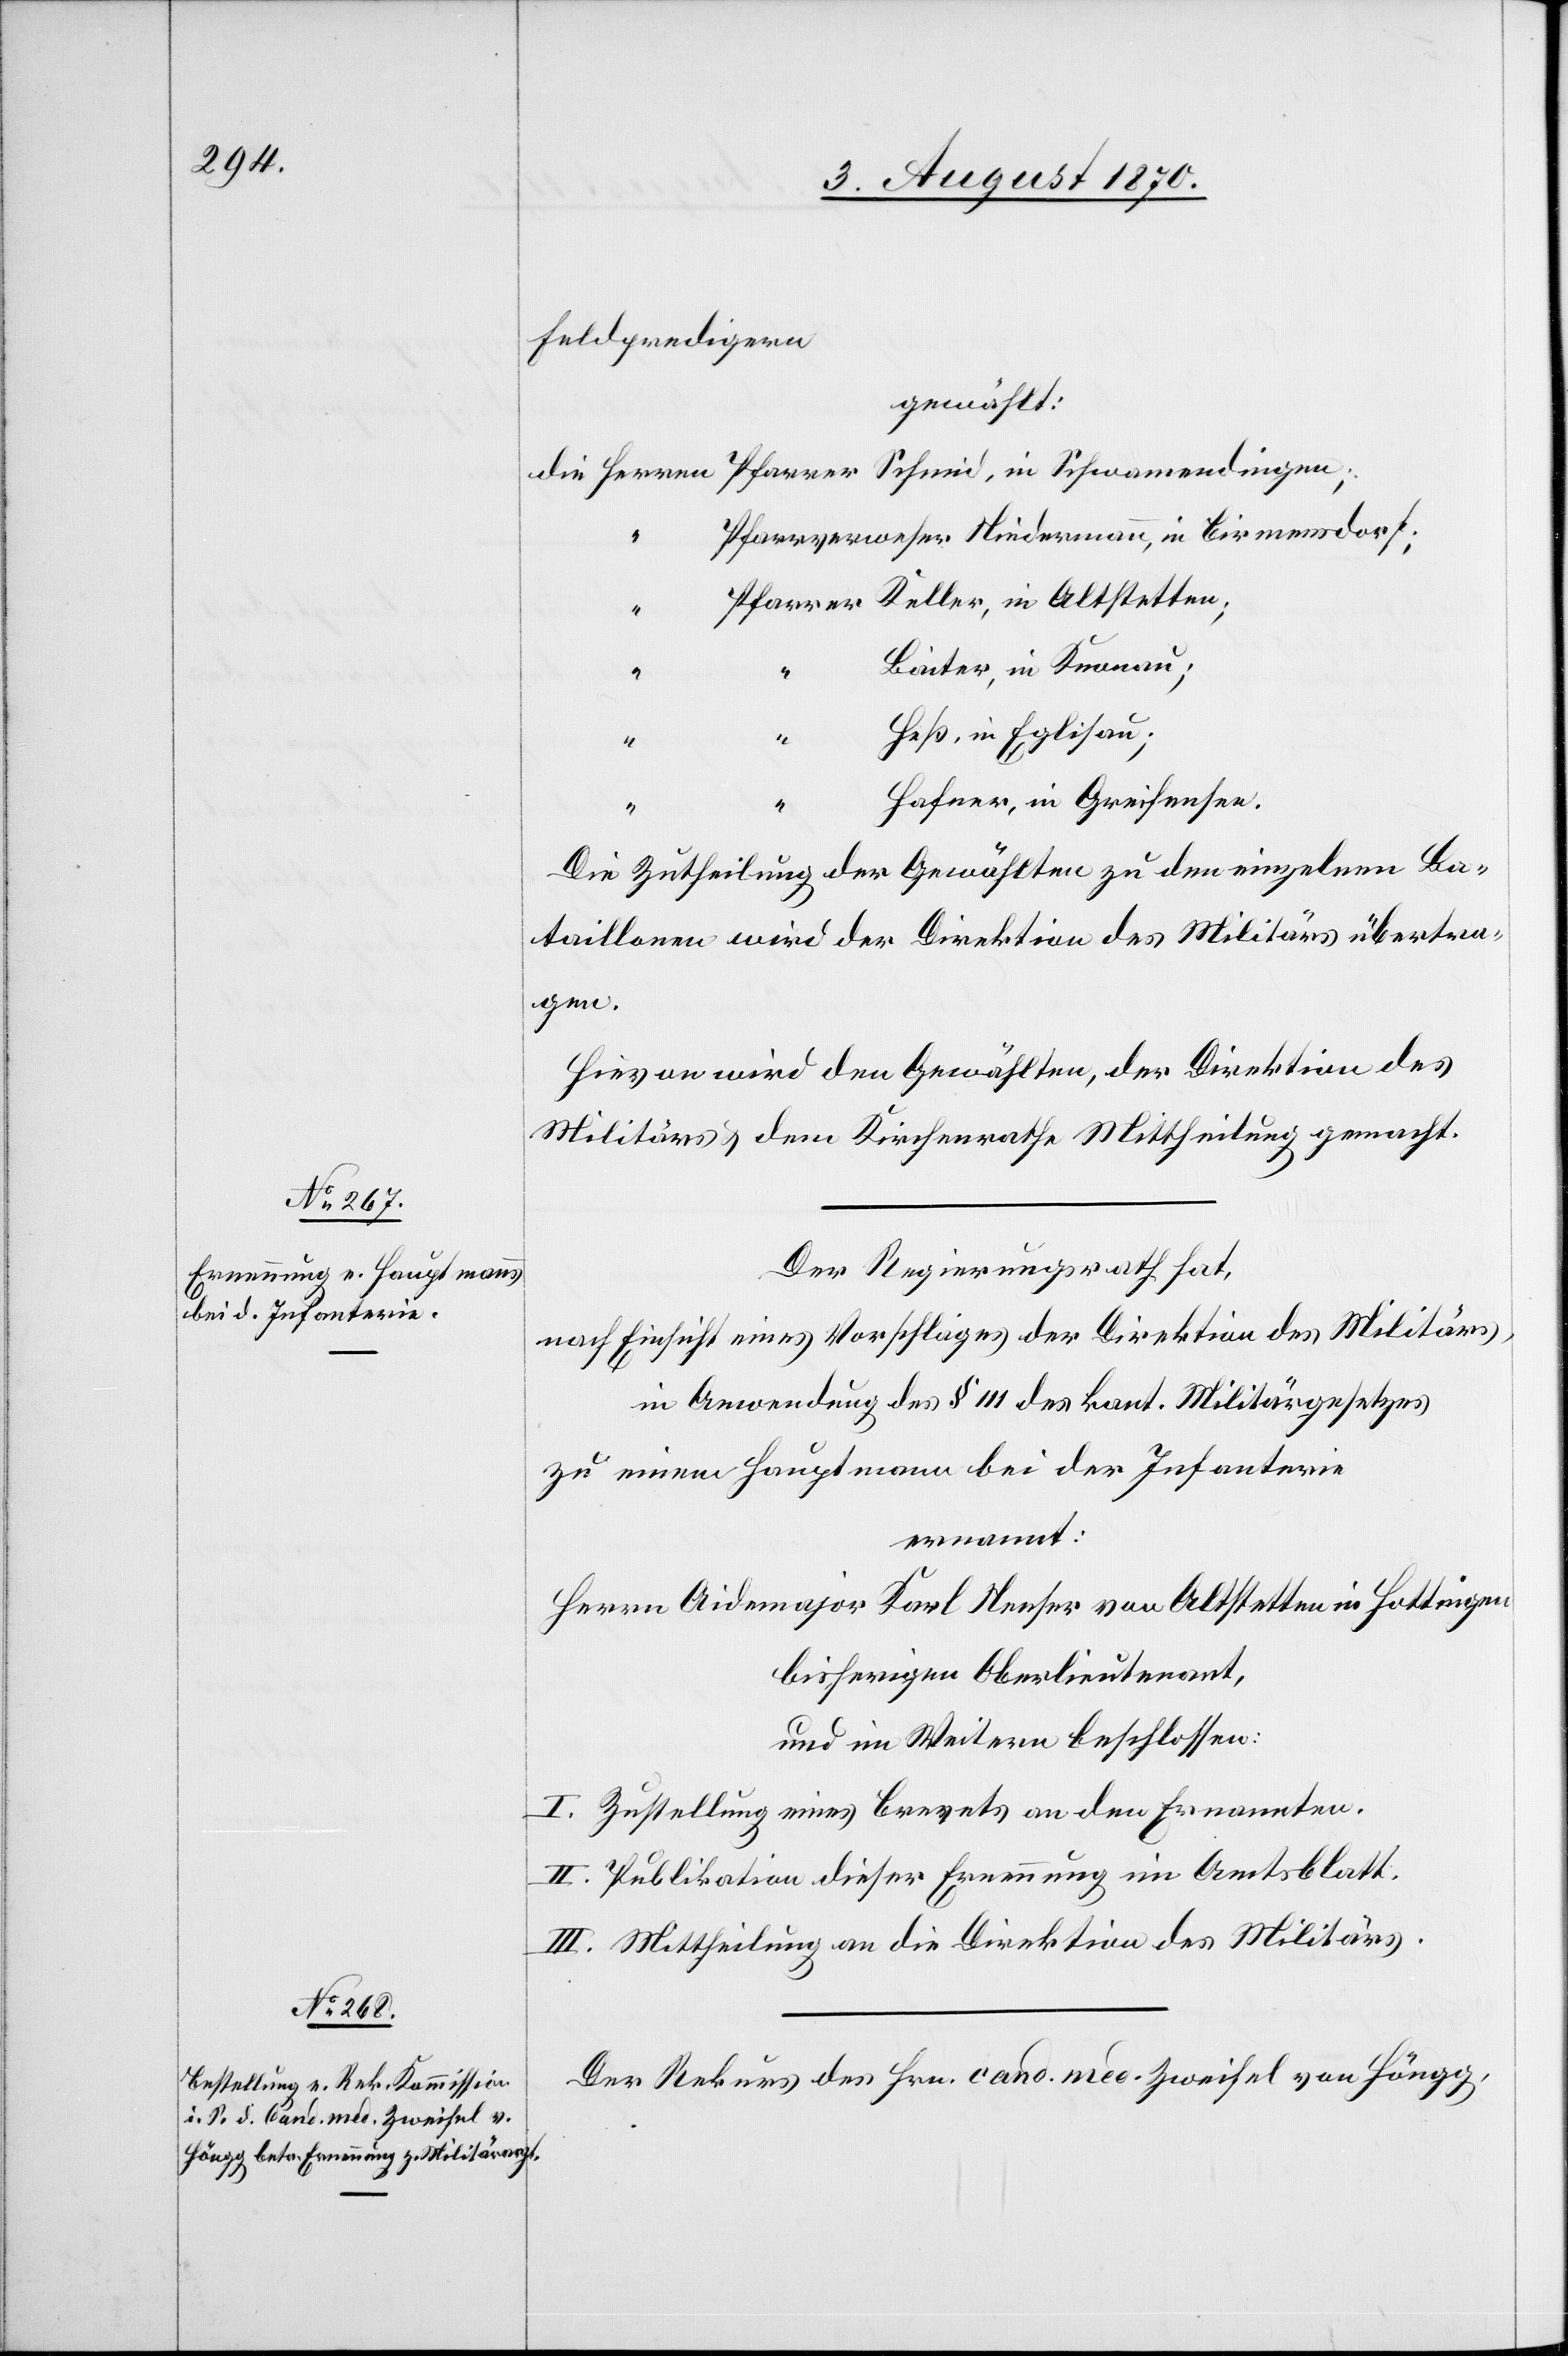
Feldpredigern
gewählt:
Pfarrverweser Niedermann, in Birmensdorf;
Baiter, in Knonau
Heß, in Eglisau;
“
“
Hafner, in Greifensee.
Die Zutheilung der Gewählten zu den einzelnen Ba¬
taillonen wird der Direktion des Militärs übertra¬
gen.
Hievon wird den Gewählten, der Direktion des
Militärs & dem Kirchenrathe Mittheilung gemacht.
Der Regierungsrath hat,
nach Einsicht eines Vorschlages der Direktion des Militärs,
in Anwendung des § 111 des kant. Militärgesetzes
zu einem Hauptmann bei der Infanterie
ernannt:
Herrn Aidemajor Karl Neeser von Altstetten in Hottingen
bisherigen Oberlieutenant,
und im Weitern beschlossen:
I. Zustellung eines Brevets an den Ernannten.
II. Publikation dieser Ernennung im Amtsblatt.
III. Mittheilung an die Direktion des Militärs.
Der Rekurs des Hrn. cand. med. Zweifel von Höngg,